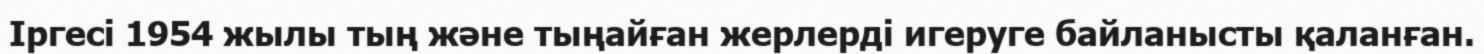
Іргесі 1954 жылы тың және тыңайған жерлерді игеруге байланысты қаланған.